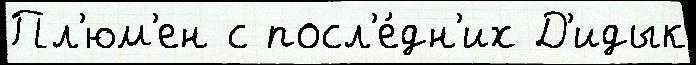
Пл'юм'ен с посл'е́дн'их Д'идык